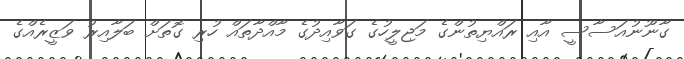
ގާނޫނުއަސާސީ އާއި ރައްޔިތުންގެ މަޖިލީހުގެ ގަވާއިދުގެ މާއްދާތައް ހުރި ގޮތަށް ބަލާއިރު ވަޒީރެއްގެ